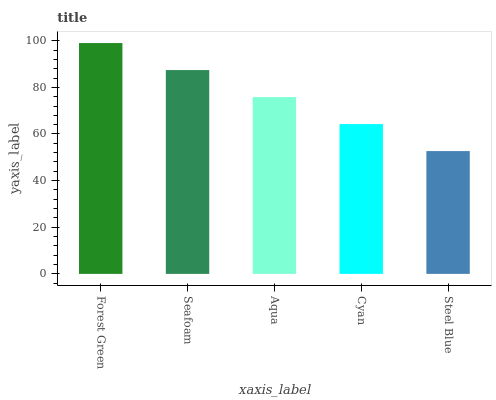
| xaxis_label | bars |
 | --- | --- |
 | Forest Green | 99 |
 | Seafoam | 87.4 |
 | Aqua | 75.8 |
 | Cyan | 64.3 |
 | Steel Blue | 52.7 |